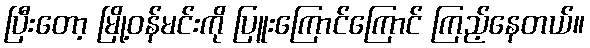
ပြီးတော့ မြို့ဝန်မင်းကို ပြူးကြောင်ကြောင် ကြည့်နေတယ်။